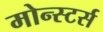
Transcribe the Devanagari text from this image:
मोन्स्टर्स